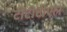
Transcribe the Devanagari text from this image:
टीटीटीएल